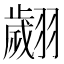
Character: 翽